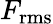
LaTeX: F_{\mathrm{rms}}